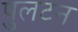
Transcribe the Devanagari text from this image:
पुलटन